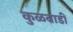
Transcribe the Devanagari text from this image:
कुळवाडी